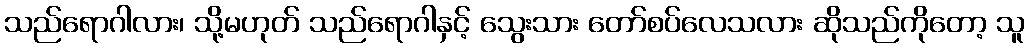
သည်ရောဂါလား၊ သို့မဟုတ် သည်ရောဂါနှင့် သွေးသား တော်စပ်လေသလား ဆိုသည်ကိုတော့ သူ